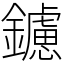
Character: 鑢